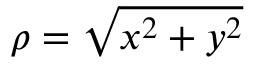
\rho = \sqrt { x ^ { 2 } + y ^ { 2 } }